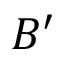
B ^ { \prime }